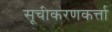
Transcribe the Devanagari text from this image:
सूचीकरणकर्त्ता